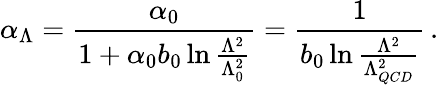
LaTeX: \alpha_{\Lambda}={\frac{\alpha_{0}}{1+\alpha_{0}b_{0}\ln{{\frac{\Lambda^{2}}{\Lambda_{0}^{2}}}}}}={\frac{1}{b_{0}\ln{{\frac{\Lambda^{2}}{\Lambda_{QCD}^{2}}}}}}\, .